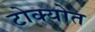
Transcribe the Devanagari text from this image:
टोक्योत